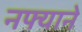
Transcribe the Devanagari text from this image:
नफ्याने